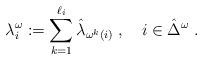
LaTeX: \begin{align*}\lambda _{i}^{\omega }:=\sum\limits_{k=1}^{\ell _{i}}\hat{\lambda}_{\omega^{k}(i)}\;,\quad i\in \hat{\Delta}^{\omega }\;. \end{align*}